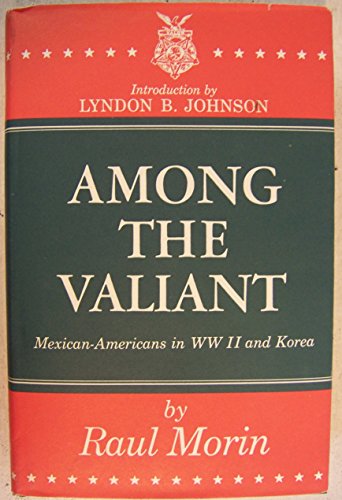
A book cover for Among the Valiant: Mexican-Americans in Ww II and Korea; Raul Morin; History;